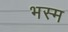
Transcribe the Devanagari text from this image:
भस्‍म